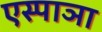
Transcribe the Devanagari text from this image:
एस्पाञा